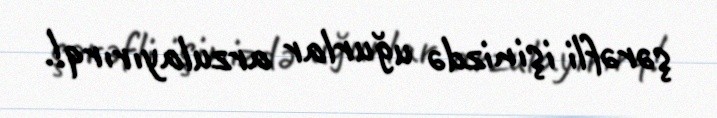
şərəfli işinizdə uğurlar arzulayırırq!.